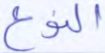
النوع